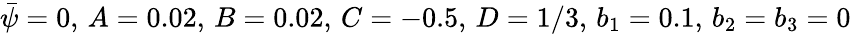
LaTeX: \bar{\psi}=0,\, A=0.02,\, B=0.02,\, C=-0.5,\, D=1/3,\, b_{1}=0.1,\, b_{2}=b_{3}=0